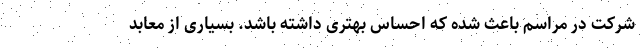
شرکت در مراسم باعث شده که احساس بهتری داشته باشد. بسیاری از معابد